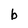
Character: b